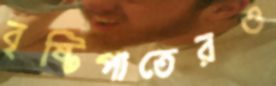
বৃষ্টিপাতেরও